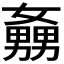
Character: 𡣡